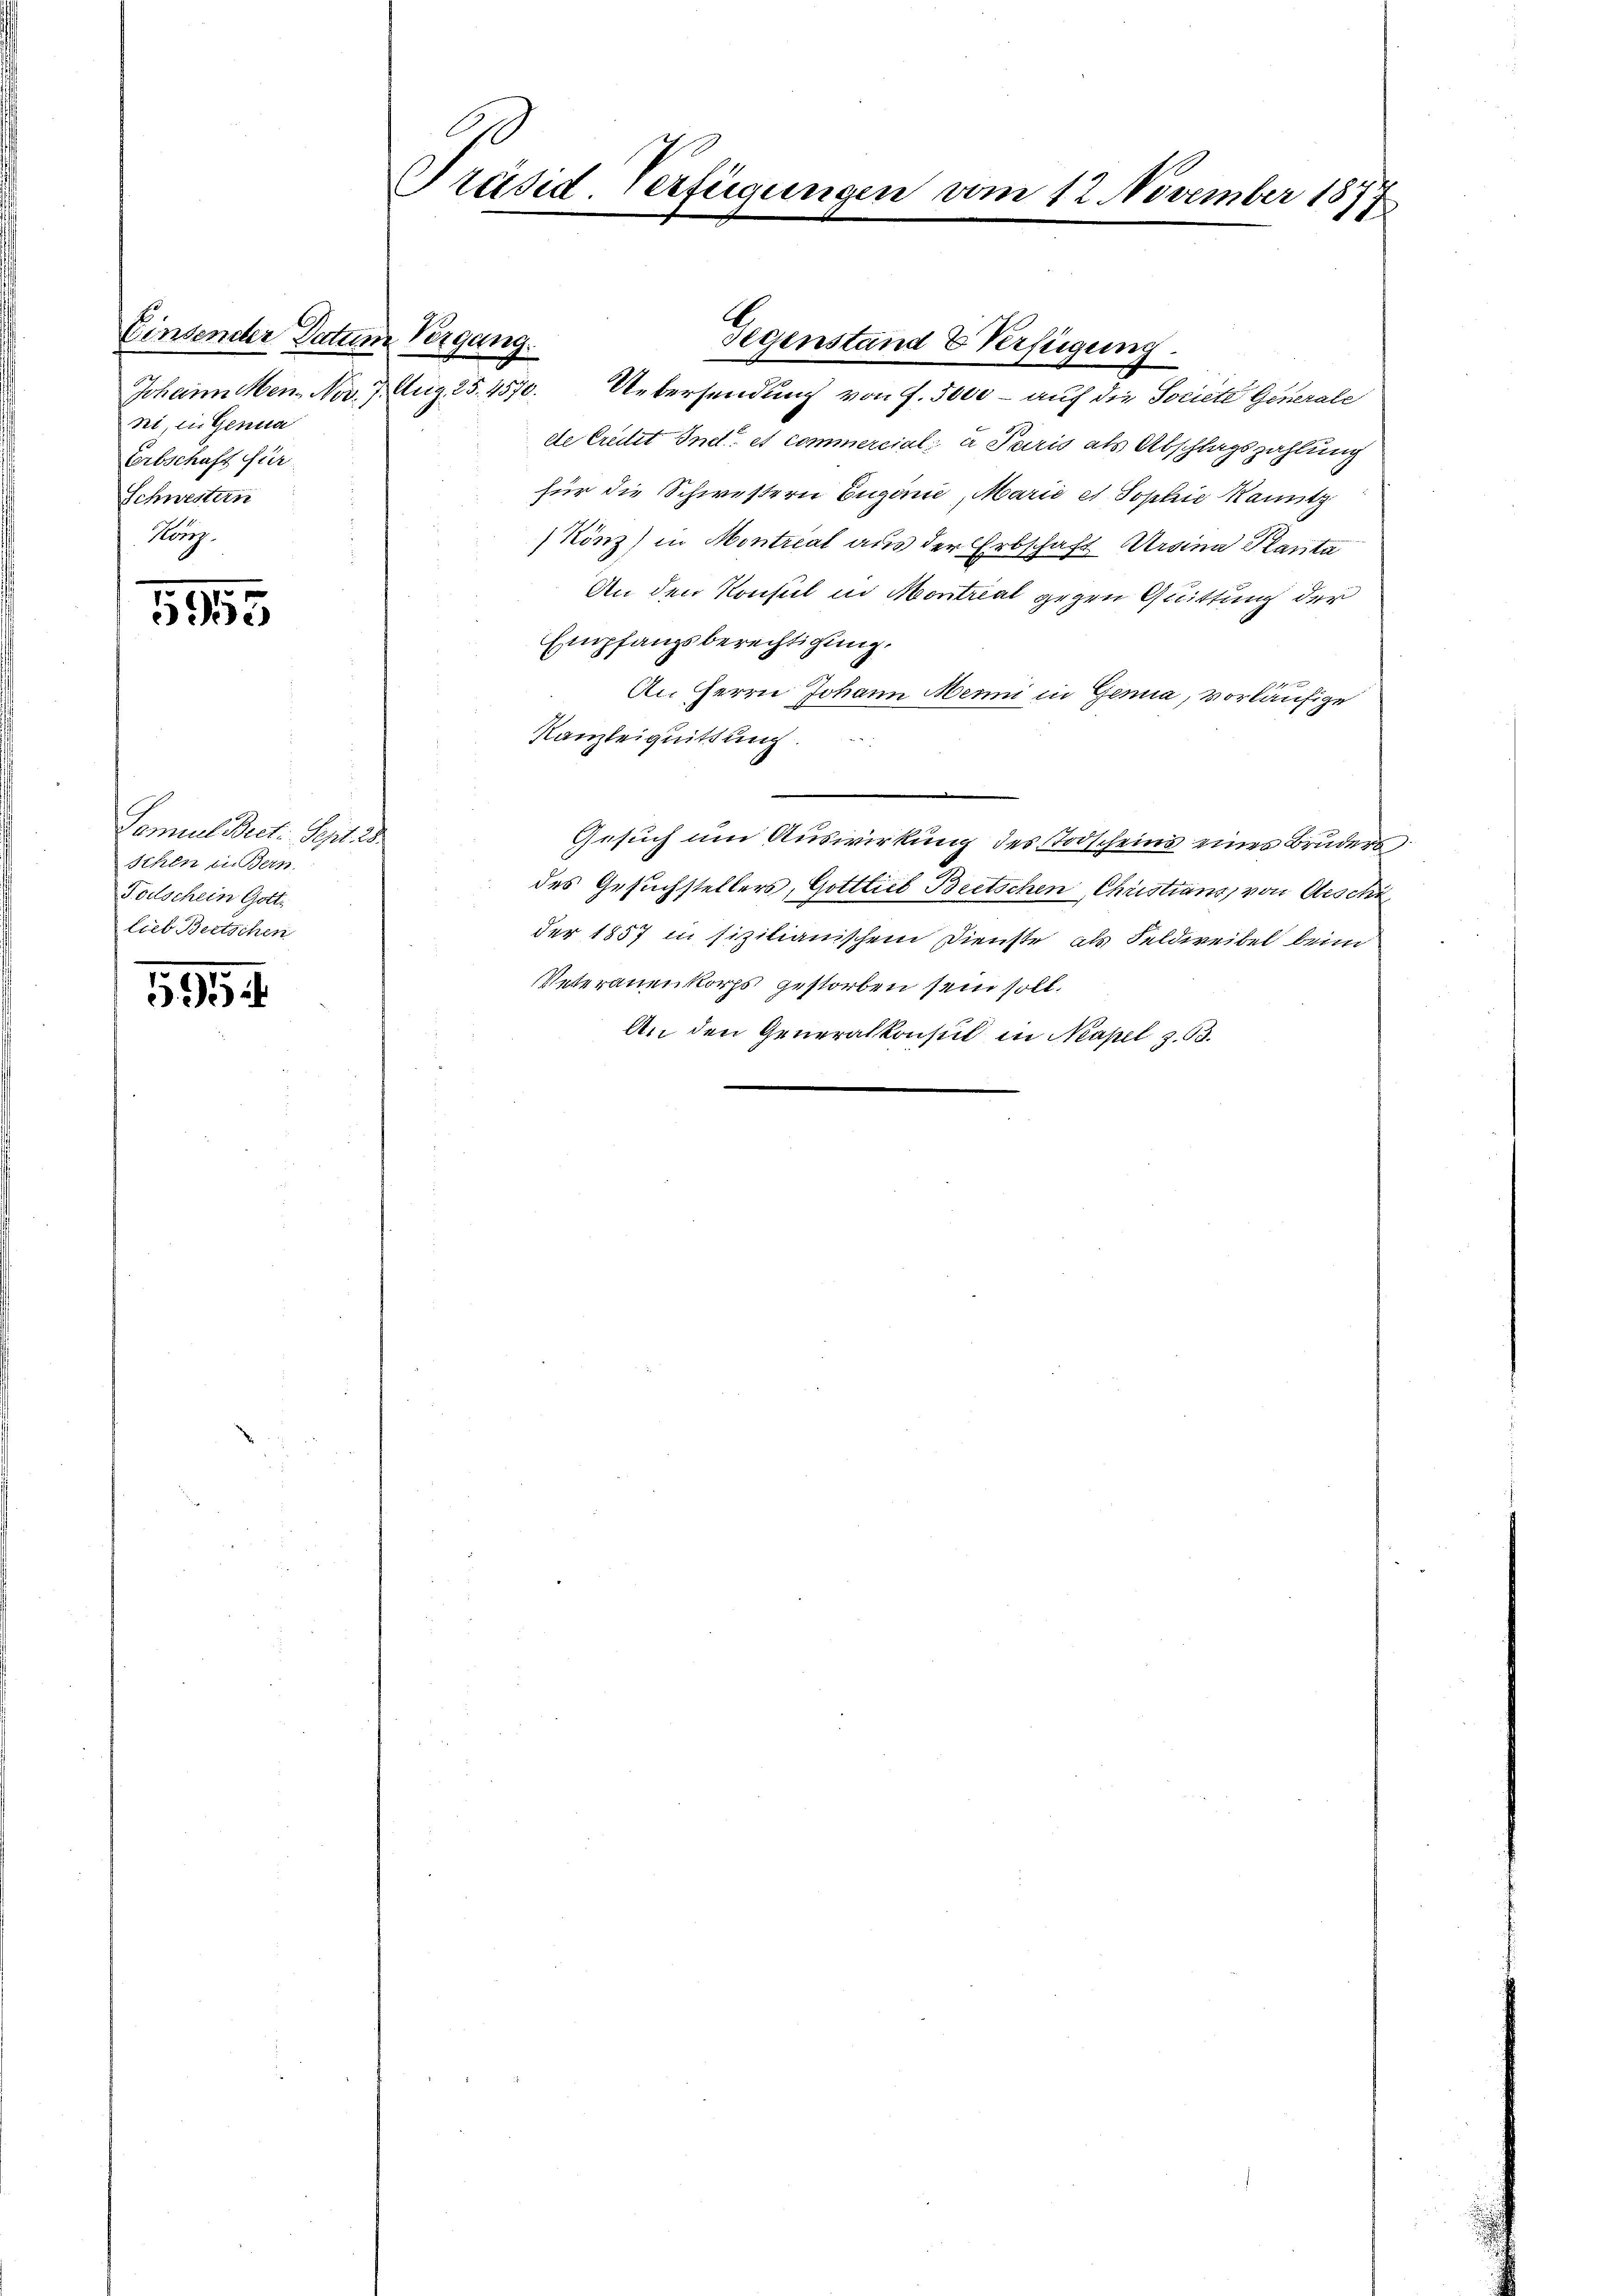
Einsender Datum Vergang.
Johann Menz Nov. 7. Aug. 25. 4570.
ni in Genua
Erbschaft für
Schwestern
König.

515

Samuel Bect. Sept. 28
Schen in Bern
Todschein Gott.
lieb Bertschen

5

Präsid. Verfügungen vom 12. November 1877

Uebersendung von f. 5000 – auf die Societe Generale
de Credit Indi et commercial a Paris als Abschlagszahlung
für die Schwestern Eugenie, Marie et Sophie kanntz
Könz) in Montrial aus der Erbschaft Ursina Planta
An den Konsul in Montreal gegen Quittung der
Empfangsberechtigung.
An Herrn Johann Meini in Genua, vorläufige
Kanzleiquittung.
Gesuch um Auswirkung des Todscheins eines Bruders
des Gesuchstellers, Gottlieb Beetschen Christians, von Aeschi
der 1857 in sizilianischem Dienste, als Feldweibel beim
Veterauenkorps gestorben sein soll.
An den Generalkonsul in Neapel z. B.

Gegenstand & Verfügung.